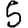
Digit: 5